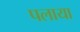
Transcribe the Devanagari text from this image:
पलाया